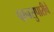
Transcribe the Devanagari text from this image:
पानसुपारीचे